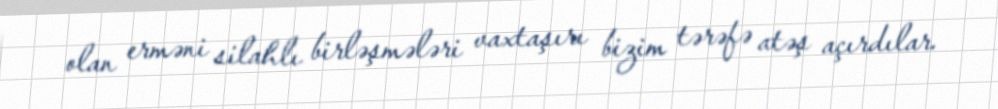
olan erməni silahlı birləşmələri vaxtaşırı bizim tərəfə atəş açırdılar.